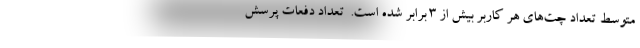
متوسط تعداد چت‌های هر کاربر بیش از ۳ برابر شده است.  تعداد دفعات پرسش